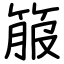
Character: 箙